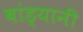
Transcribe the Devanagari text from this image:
बांड्यानी